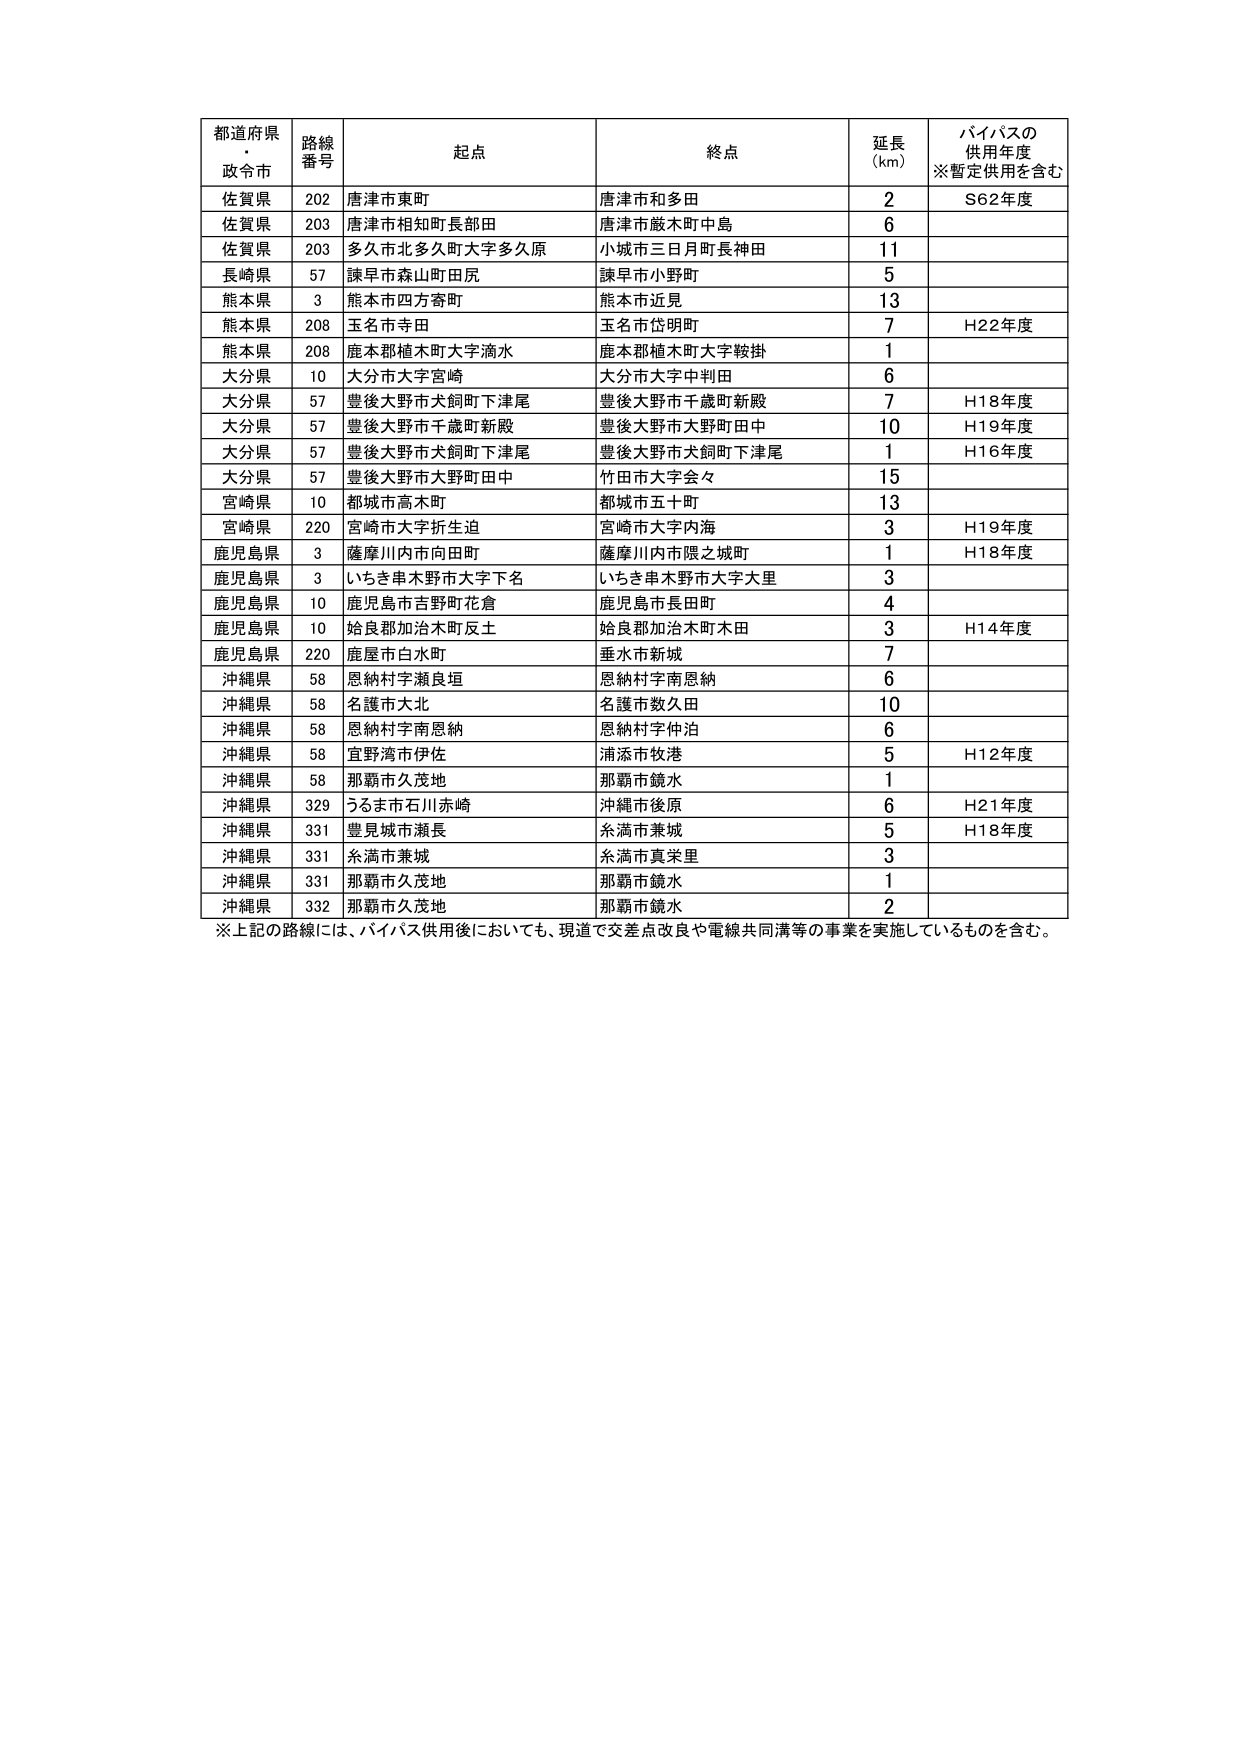
都道府県・政令市 路線番号 起点 終点 延長(km) バイパスの供用年度※暫定供用を含む
佐賀県 202 唐津市東町 唐津市和多田 2 S62年度
佐賀県 203 唐津市相知町長部田 唐津市厳木町中島 6
佐賀県 203 多久市北多久町大字多久原 小城市三日月町長神田 11
長崎県 57 諫早市森山町田尻 諫早市小野町 5
熊本県 3 熊本市四方寄町 熊本市近見 13
熊本県 208 玉名市寺田 玉名市岱明町 7 H22年度
熊本県 208 鹿本郡植木町大字滴水 鹿本郡植木町大字鞍掛 1
大分県 10 大分市大字宮崎 大分市大字中判田 6
大分県 57 豊後大野市犬飼町下津尾 豊後大野市千歳町新殿 7 H18年度
大分県 57 豊後大野市千歳町新殿 豊後大野市大野町田中 10 H19年度
大分県 57 豊後大野市犬飼町下津尾 豊後大野市犬飼町下津尾 1 H16年度
大分県 57 豊後大野市大野町田中 竹田市大字会々 15
宮崎県 10 都城市高木町 都城市五十町 13
宮崎県 220 宮崎市大字折生迫 宮崎市大字内海 3 H19年度
鹿児島県 3 薩摩川内市向田町 薩摩川内市隈之城町 1 H18年度
鹿児島県 3 いちき串木野市大字下名 いちき串木野市大字大里 3
鹿児島県 10 鹿児島市吉野町花倉 鹿児島市長田町 4
鹿児島県 10 姶良郡加治木町反土 姶良郡加治木町木田 3 H14年度
鹿児島県 220 鹿屋市白水町 垂水市新城 7
沖縄県 58 恩納村字瀬良垣 恩納村字南恩納 6
沖縄県 58 名護市大北 名護市数久田 10
沖縄県 58 恩納村字南恩納 恩納村字仲泊 6
沖縄県 58 宜野湾市伊佐 浦添市牧港 5 H12年度
沖縄県 58 那覇市久茂地 那覇市鏡水 1
沖縄県 329 うるま市石川赤崎 沖縄市後原 6 H21年度
沖縄県 331 豊見城市瀬長 糸満市兼城 5 H18年度
沖縄県 331 糸満市兼城 糸満市真栄里 3
沖縄県 331 那覇市久茂地 那覇市鏡水 1
沖縄県 332 那覇市久茂地 那覇市鏡水 2
※上記の路線には、バイパス供用後においても、現道で交差点改良や電線共同溝等の事業を実施しているものを含む。